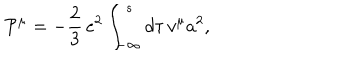
{ \cal P } _ { { } } ^ { \mu } = - { { \frac { 2 } { 3 } } } \, e ^ { 2 } \int _ { - \infty } ^ { s } d \tau \, v ^ { \mu } a ^ { 2 } ,